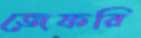
জেফরি